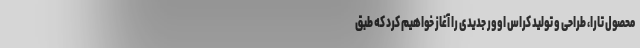
محصول تارا،‌ طراحی و تولید کراس اوور جدیدی را آغاز خواهیم کرد که طبق